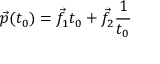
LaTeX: { \vec { p } } ( t _ { 0 } ) = { \vec { f } } _ { 1 } t _ { 0 } + { \vec { f } } _ { 2 } { \frac { 1 } { t _ { 0 } } }